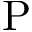
\mathrm { P }